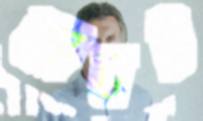
আনট